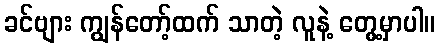
ခင်ဗျား ကျွန်တော့်ထက် သာတဲ့ လူနဲ့ တွေ့မှာပါ။